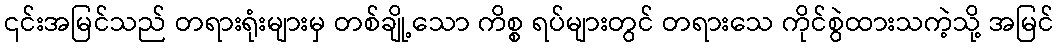
၎င်းအမြင်သည် တရားရုံးများမှ တစ်ချို့သော ကိစ္စ ရပ်များတွင် တရားသေ ကိုင်စွဲထားသကဲ့သို့ အမြင်